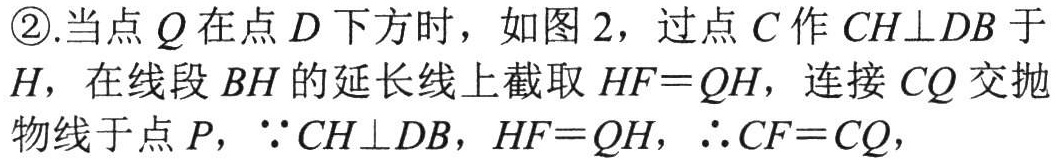
\textcircled{2}.当点\(Q\)在点\(D\)下方时，如图\(2\)，过点\(C\)作\(CH\perp DB\)于\(H\)，在线段\(BH\)的延长线上截取\(HF = QH\)，连接\(CQ\)交抛物线于点\(P\)，\(\because CH\perp DB\)，\(HF = QH\)，\(\therefore CF = CQ\)，